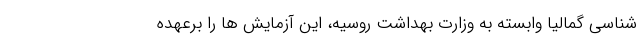
شناسی گمالیا وابسته به وزارت بهداشت روسیه، این آزمایش ها را برعهده